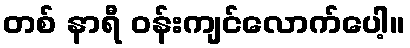
တစ် နာရီ ဝန်းကျင်လောက်ပေါ့။